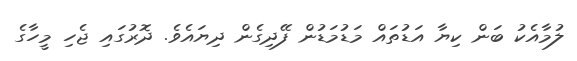
ލުމާއެކު ބަން ކިޔާ އަޑުތައް މަޑުމަޑުން ފޭދިގެން ދިޔައެވެ. ދޮރުގައި ޖެހި މީހާގެ